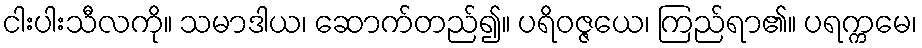
ငါးပါးသီလကို။ သမာဒါယ၊ ဆောက်တည်၍။ ပရိဝဇ္ဇယေ၊ ကြည်ရာ၏။ ပရက္ကမေ၊